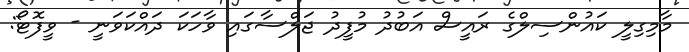
މާމިގިލީ ކައުންސިލްގެ ރައީސް އަބުދު މުފީދު ޖަލްސާގައި ވާހަކަ ދައްކަވަނީ - ވީފޮޓޯ: